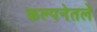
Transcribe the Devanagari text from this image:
कल्पनेतले